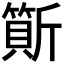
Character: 𣃇